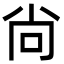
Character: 尙